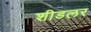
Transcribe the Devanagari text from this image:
शीडलर